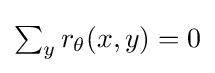
{\textstyle \sum _{y}r_{\theta }(x,y)=0}